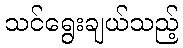
သင်ရွေးချယ်သည့်